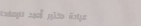
عيادة دكتور أحمد للإصلاحا